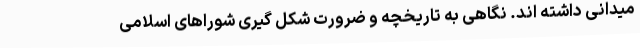
میدانی داشته اند. نگاهی به تاریخچه و ضرورت شکل گیری شوراهای اسلامی